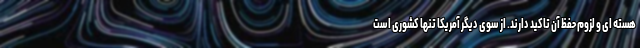
هسته ای و لزوم حفظ آن تاکید دارند. از سوی دیگر آمریکا تنها کشوری است